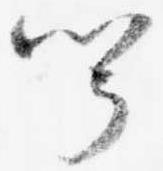
聞